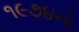
૧૯૭૪નો